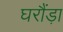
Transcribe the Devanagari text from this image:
घरौंड़ा